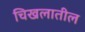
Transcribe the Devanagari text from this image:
चिखलातील